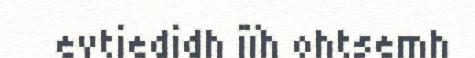
evtiedidh jïh ohtsemh